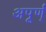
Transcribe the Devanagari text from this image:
अपूर्ण्‌